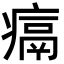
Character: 𪽶